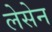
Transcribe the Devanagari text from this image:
लेसेन